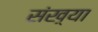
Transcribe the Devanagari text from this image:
संख़्या